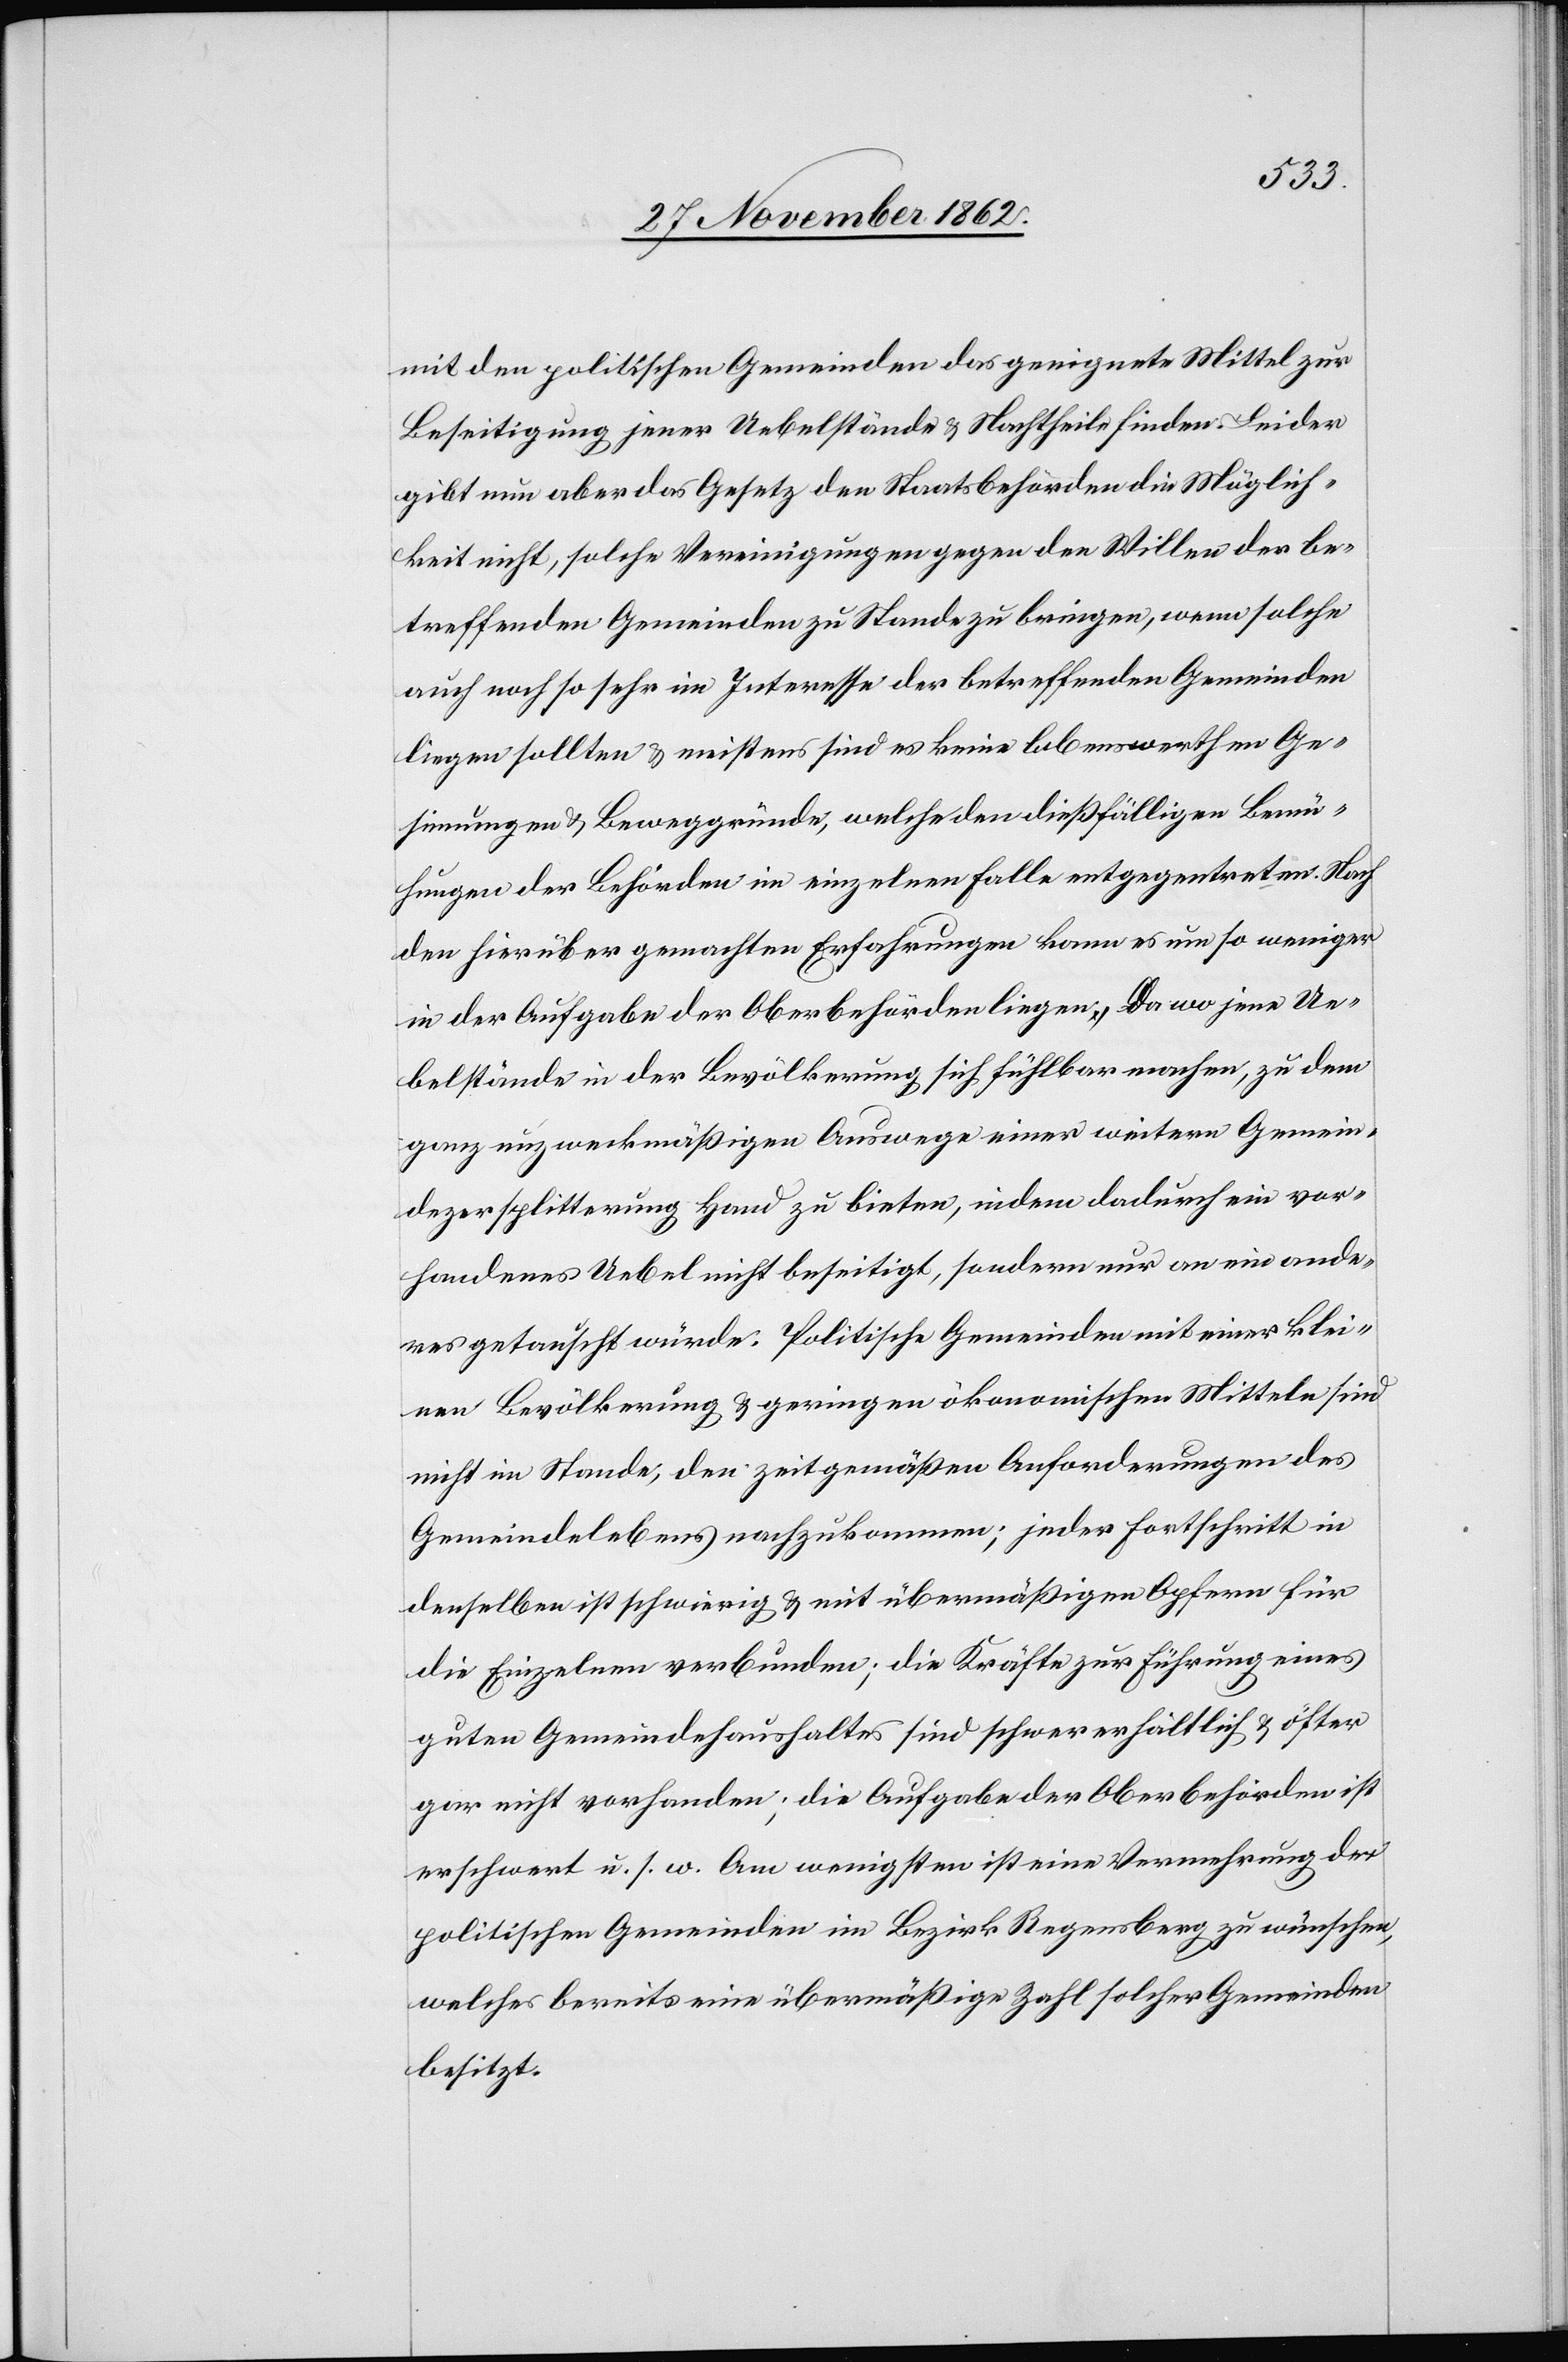
mit den politischen Gemeinden das geeignete Mittel zur
Beseitigung jener Uebelstände u. Nachtheile finden. Leider
gibt nun aber das Gesetz den Staatsbehörden die Möglich¬
keit nicht, solche Vereinigungen gegen den Willen der be¬
treffenden Gemeinden zu Stande zu bringen, wenn solche
auch noch so sehr im Interesse der betreffenden Gemeinden
liegen sollten u. meistens sind es keine lobenswerthen Ge¬
sinnungen u. Beweggründe, welche den dießfälligen Bemü¬
hungen der Behörden im einzelnen Falle entgegentreten. Nach
den hierüber gemachten Erfahrungen kann es um so weniger
in der Aufgabe der Oberbehörden liegen, da wo jene Ue¬
belstände in der Bevölkerung sich fühlbar machen, zu dem
ganz unzweckmäßigen Auswege einer weitern Gemein¬
dezersplitterung Hand zu bieten, indem dadurch ein vor¬
handenes Uebel nicht beseitigt, sondern nur an ein ande¬
res getauscht würde. Politische Gemeinden mit einer klei¬
nen Bevölkerung u. geringen ökonomischen Mitteln sind
nicht im Stande, den zeitgemäßen Anforderungen des
Gemeindelebens nachzukommen; jeder Fortschritt in
denselben ist schwierig u. mit übermäßigen Opfern für
die Einzelnen verbunden; die Kräfte zur Führung eines
guten Gemeindehaushaltes sind schwer erhältlich u. öfter
gar nicht vorhanden; die Aufgabe der Oberbehörden ist
erschwert u. s. w. Am wenigsten ist eine Vermehrung der
politischen Gemeinden im Bezirk Regensberg zu wünschen,
welches bereits eine übermäßige Zahl solcher Gemeinden
besitzt